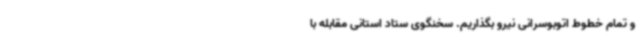
و تمام خطوط اتوبوسرانی نیرو بگذاریم. سخنگوی ستاد استانی مقابله با